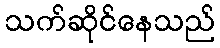
သက်ဆိုင်နေသည်